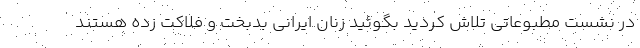
در نشست مطبوعاتی تلاش کردید بگوئید زنان ایرانی بدبخت و فلاکت زده هستند